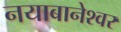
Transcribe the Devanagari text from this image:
नयाबानेश्वर